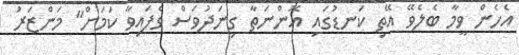
އެހެން ވީމާ ބެލެވޭ އޭތި ކަނޑުގައި އޮންނަތާ ގިނަދުވަސް ވެފައިވާ ކަމަށް" މަންޒަރު